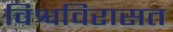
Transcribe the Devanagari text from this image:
विश्वविरासत